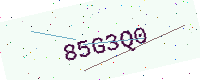
Text: 85G3Q0